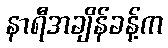
နာရီအချိန်ခန့်က